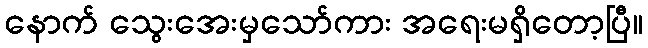
နောက် သွေးအေးမှသော်ကား အရေးမရှိတော့ပြီ။